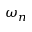
\omega _ { n }